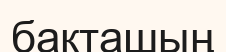
бақташың